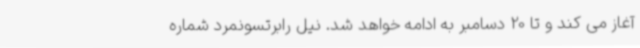
آغاز می کند و تا 20 دسامبر به ادامه خواهد شد. نیل رابرتسونمرد شماره